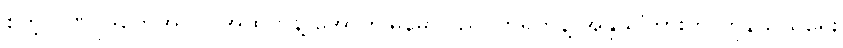
စတဲ့ ဂုဏ်ပုဒ်တွေအပြင် အထက်နဲ့ အောက်မြန်မာပြည်၊ တရုတ်နဲ့ အိန္ဒိယကြားက ကုန်သွယ်ရေး